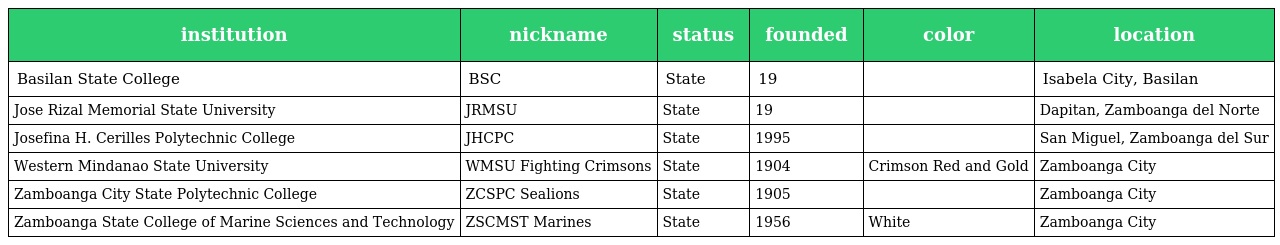
| institution | nickname | status | founded | color | location |
 | --- | --- | --- | --- | --- | --- |
 | Basilan State College | BSC | State | 19 |  | Isabela City, Basilan |
 | Jose Rizal Memorial State University | JRMSU | State | 19 |  | Dapitan, Zamboanga del Norte |
 | Josefina H. Cerilles Polytechnic College | JHCPC | State | 1995 |  | San Miguel, Zamboanga del Sur |
 | Western Mindanao State University | WMSU Fighting Crimsons | State | 1904 | Crimson Red and Gold | Zamboanga City |
 | Zamboanga City State Polytechnic College | ZCSPC Sealions | State | 1905 |  | Zamboanga City |
 | Zamboanga State College of Marine Sciences and Technology | ZSCMST Marines | State | 1956 | White | Zamboanga City |